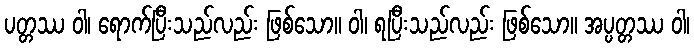
ပတ္တဿ ဝါ၊ ရောက်ပြီးသည်လည်း ဖြစ်သော။ ဝါ၊ ရပြီးသည်လည်း ဖြစ်သော။ အပ္ပတ္တဿ ဝါ၊